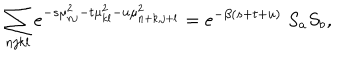
\sum _ { n j k l } e ^ { - s \mu _ { n j } ^ { 2 } - t \mu _ { k l } ^ { 2 } - u \mu _ { n + k , j + l } ^ { 2 } } = e ^ { - \beta ( s + t + u ) } \; S _ { a } S _ { b } ,